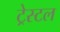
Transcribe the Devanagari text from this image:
ट्रेस्टल